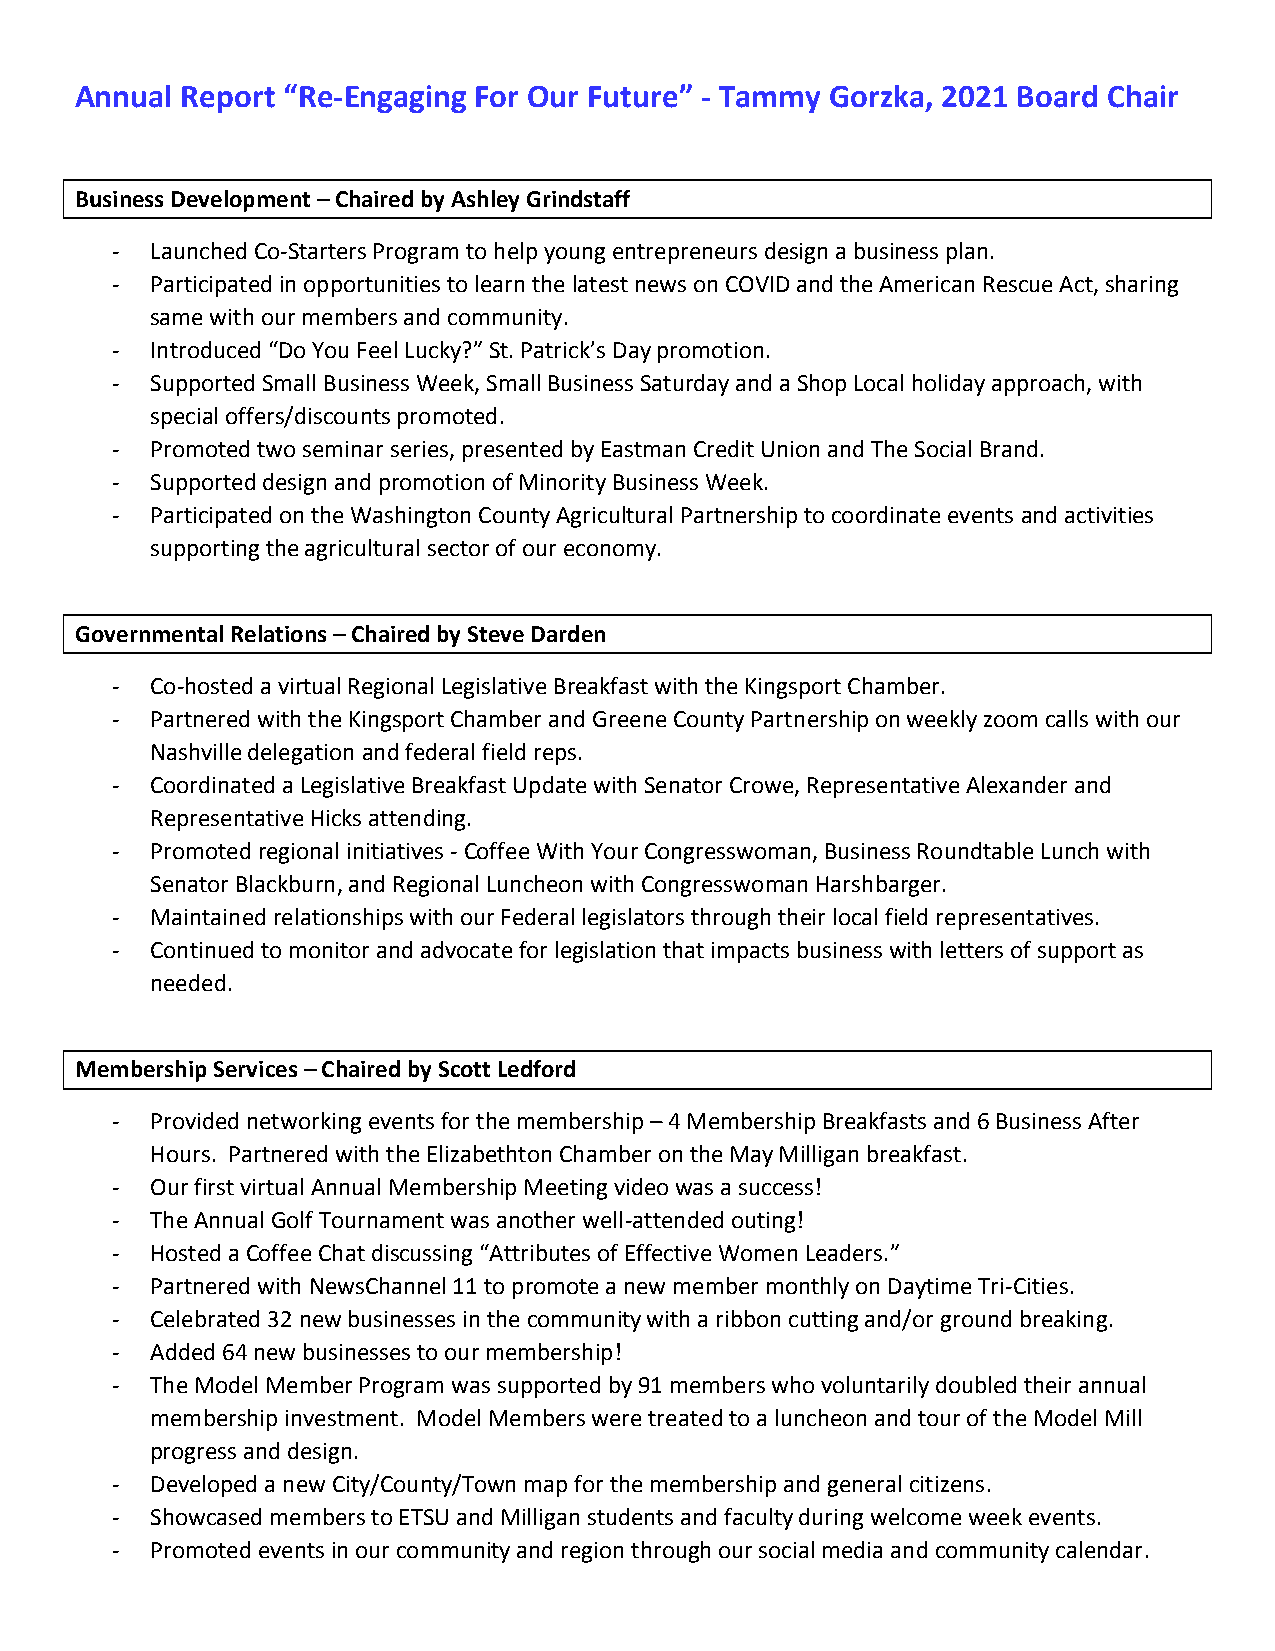
Annual Report “Re-Engaging For Our Future” - Tammy Gorzka, 2021 Board Chair
 Business Development – Chaired by Ashley Grindstaff
 -  Launched Co-Starters Program to help young entrepreneurs design a business plan.
 -  Participated in opportunities to learn the latest news on COVID and the American Rescue Act, sharing
 same with our members and community.
 -  Introduced “Do You Feel Lucky?” St. Patrick’s Day promotion.
 -  Supported Small Business Week, Small Business Saturday and a Shop Local holiday approach, with
 special offers/discounts promoted.
 -  Promoted two seminar series, presented by Eastman Credit Union and The Social Brand.
 -  Supported design and promotion of Minority Business Week.
 -  Participated on the Washington County Agricultural Partnership to coordinate events and activities
 supporting the agricultural sector of our economy.
 Governmental Relations – Chaired by Steve Darden
 -  Co-hosted a virtual Regional Legislative Breakfast with the Kingsport Chamber.
 -  Partnered with the Kingsport Chamber and Greene County Partnership on weekly zoom calls with our
 Nashville delegation and federal field reps.
 -  Coordinated a Legislative Breakfast Update with Senator Crowe, Representative Alexander and
 Representative Hicks attending.
 -  Promoted regional initiatives - Coffee With Your Congresswoman, Business Roundtable Lunch with
 Senator Blackburn, and Regional Luncheon with Congresswoman Harshbarger.
 -  Maintained relationships with our Federal legislators through their local field representatives.
 -  Continued to monitor and advocate for legislation that impacts business with letters of support as
 needed.
 Membership Services – Chaired by Scott Ledford
 -  Provided networking events for the membership – 4 Membership Breakfasts and 6 Business After
 Hours. Partnered with the Elizabethton Chamber on the May Milligan breakfast.
 -  Our first virtual Annual Membership Meeting video was a success!
 -  The Annual Golf Tournament was another well-attended outing!
 -  Hosted a Coffee Chat discussing “Attributes of Effective Women Leaders.”
 -  Partnered with NewsChannel 11 to promote a new member monthly on Daytime Tri-Cities.
 -  Celebrated 32 new businesses in the community with a ribbon cutting and/or ground breaking.
 -  Added 64 new businesses to our membership!
 -  The Model Member Program was supported by 91 members who voluntarily doubled their annual
 membership investment. Model Members were treated to a luncheon and tour of the Model Mill
 progress and design.
 -  Developed a new City/County/Town map for the membership and general citizens.
 -  Showcased members to ETSU and Milligan students and faculty during welcome week events.
 -  Promoted events in our community and region through our social media and community calendar.